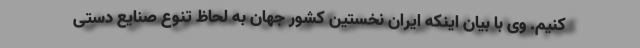
کنیم. وی با بیان اینکه ایران نخستین کشور جهان به لحاظ تنوع صنایع دستی